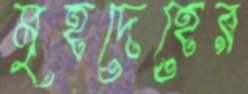
মৃহদেহের